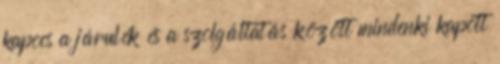
kapocs a járulék és a szolgáltatás között mindenki kapott